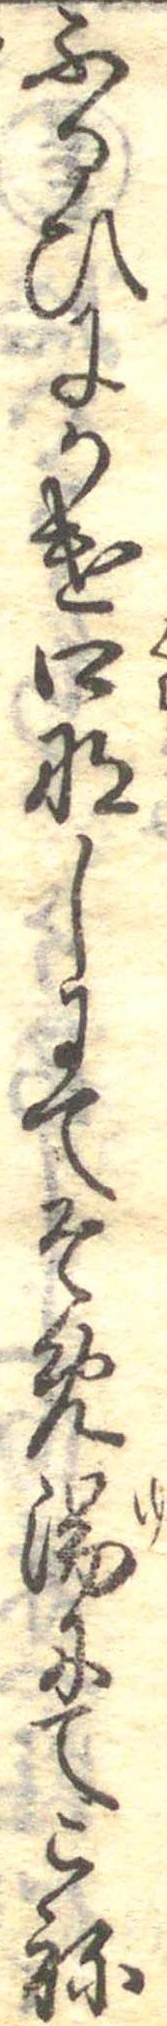
ふるひにかけ口なしにてそめ湯にてこね